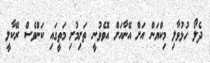
ދެލޯ ހުޅުވާލި މިކްޔަން އަށް އޭނާއަށް އޮވެވުނީ ތަށިމުށި މަތީގައި ކަންވެސް ރޭކާލީ